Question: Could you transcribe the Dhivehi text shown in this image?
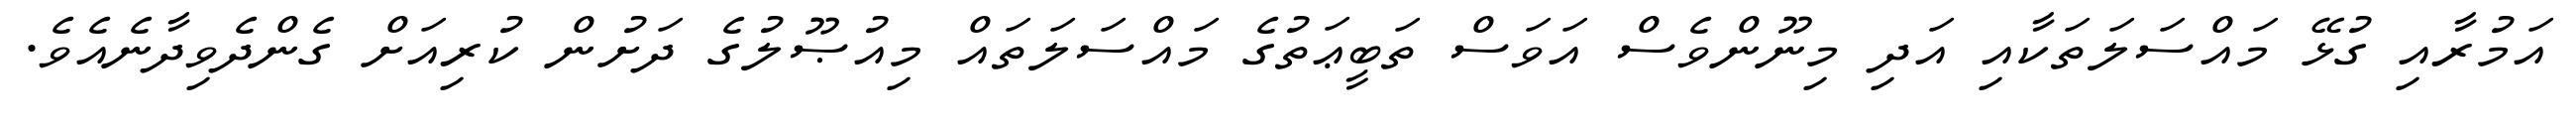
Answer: އަމުރާއި ގުޅޭ މައްސަލަތަކާއި އަދި މިނޫންވެސް އަވަސް ތަބީޢަތުގެ މައްސަލަތައް މިއުޞޫލުގެ ދަށުން ކުރިއަށް ގެންދެވިދާނެއެވެ.